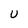
Character: U